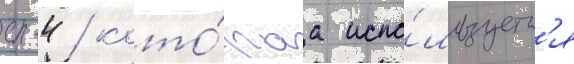
с-4 / кото́раа испо́льзуетс'я